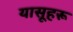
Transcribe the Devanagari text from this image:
यासूहरू